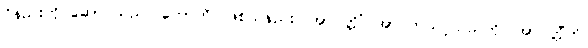
ဝိနည်းကို ဆောင်သည်။ ဟောတိ၊ ဖြစ်သနည်း။ အာပတ္တိံ၊ အာပတ်သင့်သည်ကို။ အာပတ္တီတိ၊